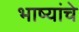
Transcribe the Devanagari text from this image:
भाष्यांचे